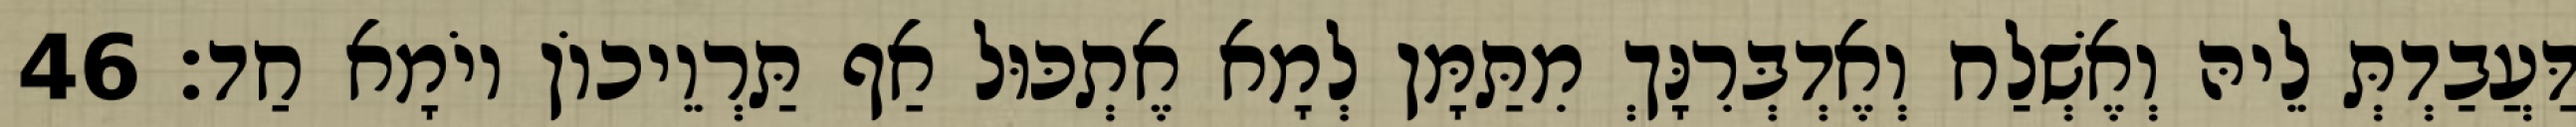
דַּעֲבַדְתְּ לֵיהּ וְאֶשְׁלַח וְאֶדְבְּרִנָּךְ מִתַּמָּן לְמָא אֶתְכּוּל אַף תַּרְוֵיכוֹן יוֹמָא חַד׃ 46